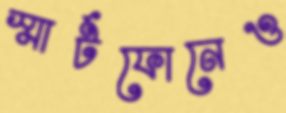
স্মার্টফোনেও